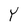
Character: Y